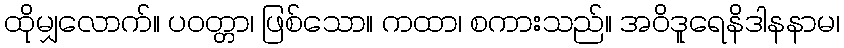
ထိုမျှလောက်။ ပဝတ္တာ၊ ဖြစ်သော။ ကထာ၊ စကားသည်။ အဝိဒူရေနိဒါနနာမ၊